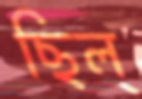
ছিল্